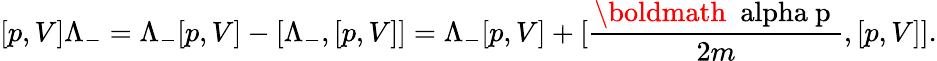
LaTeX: [p,V]\Lambda_{-}=\Lambda_{-}[p,V]-[\Lambda_{-},[p,V]]=\Lambda_{-}[p,V]+[\frac{\mathrm{\boldmath~\ alpha~p~}}{2m},[p,V]].